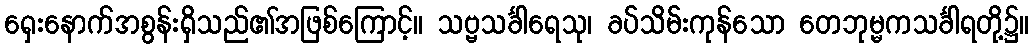
ရှေးနောက်အစွန်းရှိသည်၏အဖြစ်ကြောင့်။ သဗ္ဗသင်္ခါရေသု၊ ခပ်သိမ်းကုန်သော တေဘုမ္မကသင်္ခါရတို့၌။